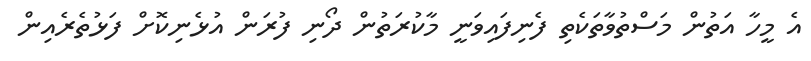
އެ މީހާ އަތުން މަސްތުވާތަކެތި ފެނިފައިވަނީ މާކުރަތުން ދޯނި ފުރަން އުޅެނިކޮށް ފަޅުތެރެއިން